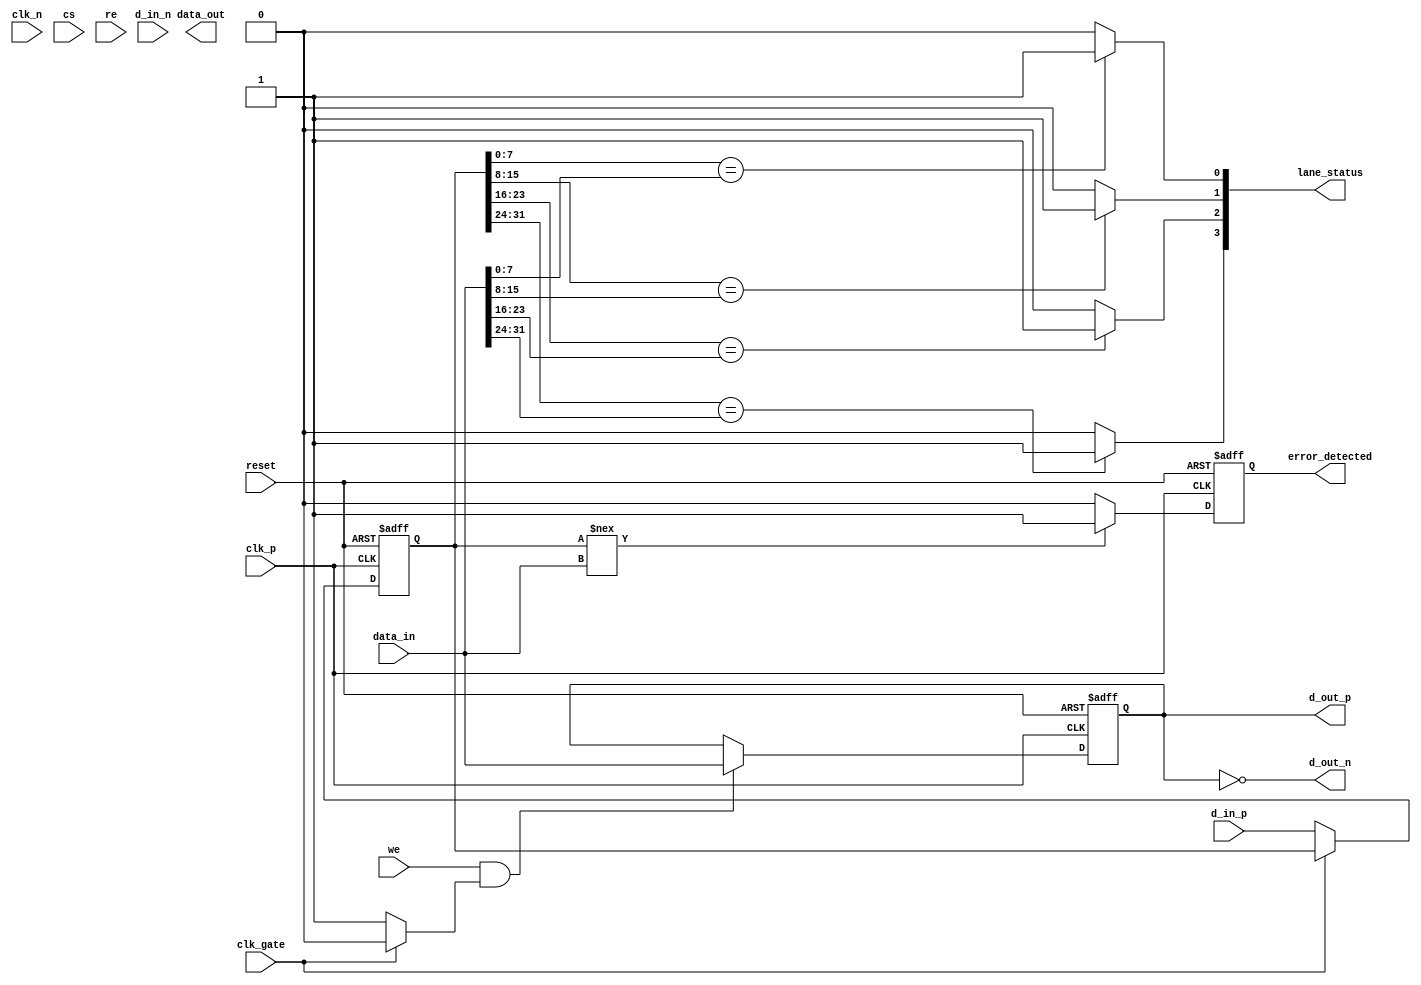
module lpddr5_io_block #(
    parameter DATA_WIDTH = 32,               // Width of the data bus
    parameter NUM_LANES = 4,                 // Number of data lanes
    parameter DRIVE_STRENGTH = 2              // Drive strength setting
)(
    input wire clk_p,                        // Differential clock positive
    input wire clk_n,                        // Differential clock negative
    input wire [DATA_WIDTH-1:0] d_in_p,     // Differential data input positive
    input wire [DATA_WIDTH-1:0] d_in_n,     // Differential data input negative
    output wire [DATA_WIDTH-1:0] d_out_p,    // Differential data output positive
    output wire [DATA_WIDTH-1:0] d_out_n,    // Differential data output negative
    input wire cs,                           // Chip select
    input wire we,                           // Write enable
    input wire re,                           // Read enable
    output wire [DATA_WIDTH-1:0] data_out,  // Data output
    input wire [DATA_WIDTH-1:0] data_in,    // Data input
    input wire reset,                        // Reset signal
    input wire clk_gate,                     // Clock gating control
    output wire error_detected,              // Error detected signal
    output wire [NUM_LANES-1:0] lane_status  // Status for each lane
);

// Internal signals
reg [DATA_WIDTH-1:0] data_reg;
reg [DATA_WIDTH-1:0] d_out_reg;
reg error_flag;
wire clk_en;

// Clock gating logic
assign clk_en = clk_gate ? 1'b0 : 1'b1;

// Data reception logic
always @(posedge clk_p or negedge reset) begin
    if (!reset) begin
        data_reg <= 0;
    end else if (clk_en) begin
        data_reg <= {d_in_n, d_in_p}; // Concatenate differential inputs
    end
end

// Data transmission logic
always @(posedge clk_p or negedge reset) begin
    if (!reset) begin
        d_out_reg <= 0;
    end else if (we && clk_en) begin
        d_out_reg <= data_in; // Capture data to output when write enable is high
    end
end

// Output assignment
assign d_out_p = d_out_reg;
assign d_out_n = ~d_out_reg; // Inverting for differential output

// Simple error detection (example)
always @(posedge clk_p or negedge reset) begin
    if (!reset) begin
        error_flag <= 1'b0;
    end else begin
        // Example condition for error detection
        if (data_reg !== data_in) begin
            error_flag <= 1'b1; // Simple error detection
        end else begin
            error_flag <= 1'b0;
        end
    end
end

assign error_detected = error_flag;

// Lane status (example)
genvar i;
generate
    for (i = 0; i < NUM_LANES; i = i + 1) begin : lane_status_logic
        assign lane_status[i] = (data_reg[i*8 +: 8] == data_in[i*8 +: 8]) ? 1'b1 : 1'b0; // Example status
    end
endgenerate

endmodule